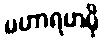
မဟာရဟမှိ